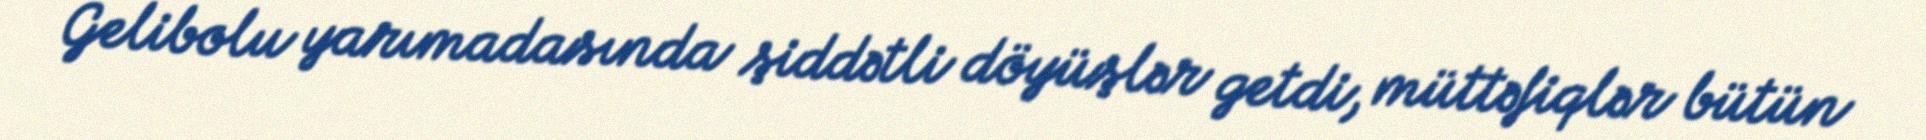
Gelibolu yarımadasında şiddətli döyüşlər getdi, müttəfiqlər bütün